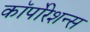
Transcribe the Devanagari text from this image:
कॉर्पोरेशन्‍स